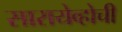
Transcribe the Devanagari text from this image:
सारायेव्होची